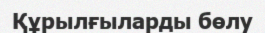
Құрылғыларды бөлу